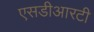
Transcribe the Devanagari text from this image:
एसडीआरटी